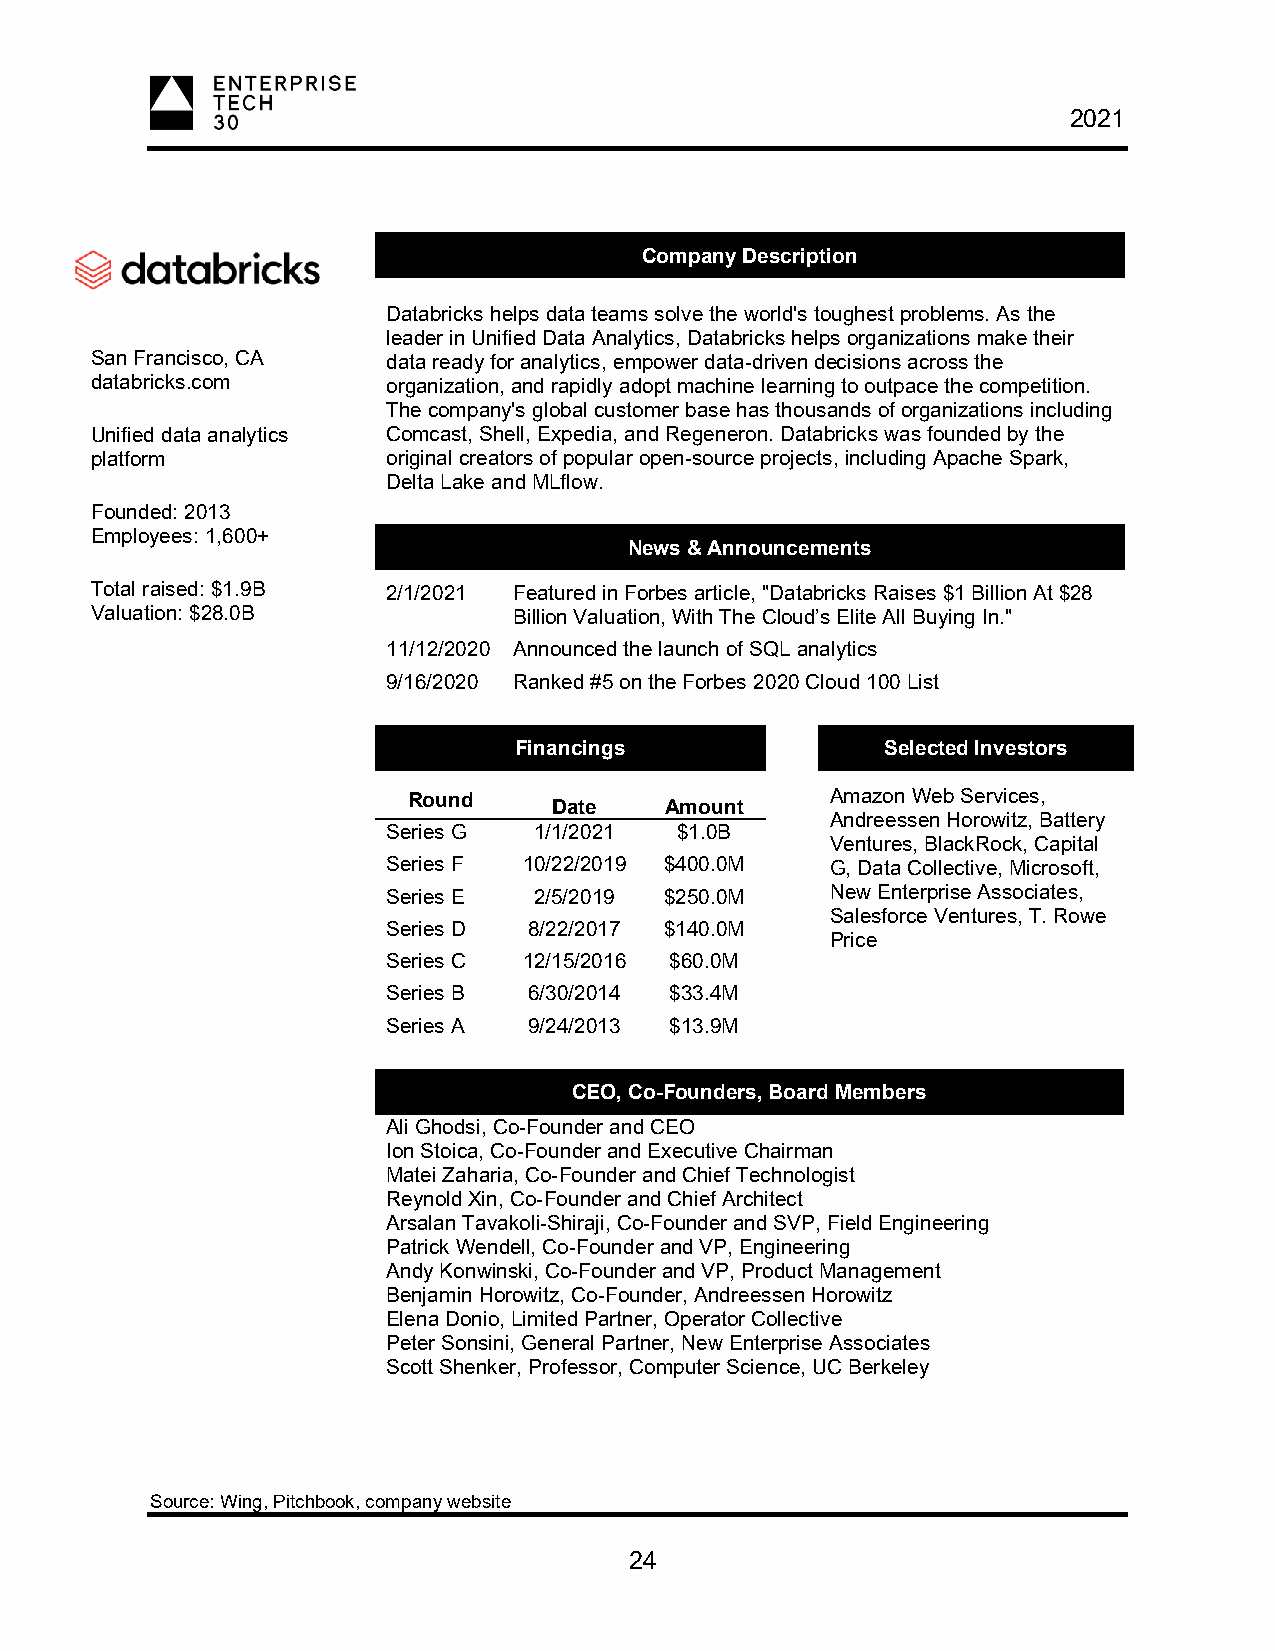
2021
 Company Description
 Databricks helps data teams solve the world's toughest problems. As the
 leader in Unified Data Analytics, Databricks helps organizations make their
 San Francisco, CA   data ready for analytics, empower data-driven decisions across the
 databricks.com      organization, and rapidly adopt machine learning to outpace the competition.
 The company's global customer base has thousands of organizations including
 Unified data analytics Comcast, Shell, Expedia, and Regeneron. Databricks was founded by the
 platform            original creators of popular open-source projects, including Apache Spark,
 Delta Lake and MLflow.
 Founded: 2013
 Employees: 1,600+
 News & Announcements
 Total raised: $1.9B 2/1/2021 Featured in Forbes article, "Databricks Raises $1 Billion At $28
 Valuation: $28.0B           Billion Valuation, With The Cloud’s Elite All Buying In."
 11/12/2020 Announced the launch of SQL analytics
 9/16/2020 Ranked #5 on the Forbes 2020 Cloud 100 List
 Financings               Selected Investors
 Round                       Amazon Web Services,
 Date   Amount
 Andreessen Horowitz, Battery
 Series G 1/1/2021  $1.0B
 Ventures, BlackRock, Capital
 Series F 10/22/2019 $400.0M  G, Data Collective, Microsoft,
 Series E 2/5/2019 $250.0M    New Enterprise Associates,
 Salesforce Ventures, T. Rowe
 Series D 8/22/2017 $140.0M
 Price
 Series C 12/15/2016 $60.0M
 Series B 6/30/2014 $33.4M
 Series A 9/24/2013 $13.9M
 CEO, Co-Founders, Board Members
 Ali Ghodsi, Co-Founder and CEO
 Ion Stoica, Co-Founder and Executive Chairman
 Matei Zaharia, Co-Founder and Chief Technologist
 Reynold Xin, Co-Founder and Chief Architect
 Arsalan Tavakoli-Shiraji, Co-Founder and SVP, Field Engineering
 Patrick Wendell, Co-Founder and VP, Engineering
 Andy Konwinski, Co-Founder and VP, Product Management
 Benjamin Horowitz, Co-Founder, Andreessen Horowitz
 Elena Donio, Limited Partner, Operator Collective
 Peter Sonsini, General Partner, New Enterprise Associates
 Scott Shenker, Professor, Computer Science, UC Berkeley
 Source: Wing, Pitchbook, company website
 24